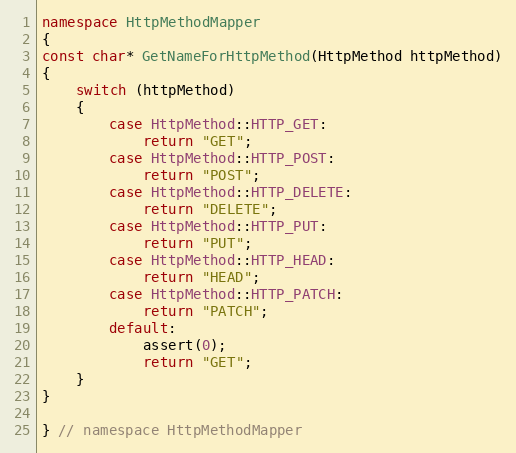
Language: C++
namespace HttpMethodMapper
{
const char* GetNameForHttpMethod(HttpMethod httpMethod)
{
    switch (httpMethod)
    {
        case HttpMethod::HTTP_GET:
            return "GET";
        case HttpMethod::HTTP_POST:
            return "POST";
        case HttpMethod::HTTP_DELETE:
            return "DELETE";
        case HttpMethod::HTTP_PUT:
            return "PUT";
        case HttpMethod::HTTP_HEAD:
            return "HEAD";
        case HttpMethod::HTTP_PATCH:
            return "PATCH";
        default:
            assert(0);
            return "GET";
    }
}

} // namespace HttpMethodMapper